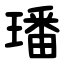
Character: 璠